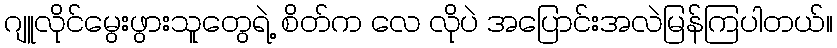
ဂျူလိုင်မွေးဖွားသူတွေရဲ့ စိတ်က လေ လိုပဲ အပြောင်းအလဲမြန်ကြပါတယ်။